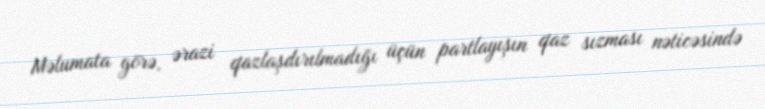
Məlumata görə, ərazi qazlaşdırılmadığı üçün partlayışın qaz sızması nəticəsində